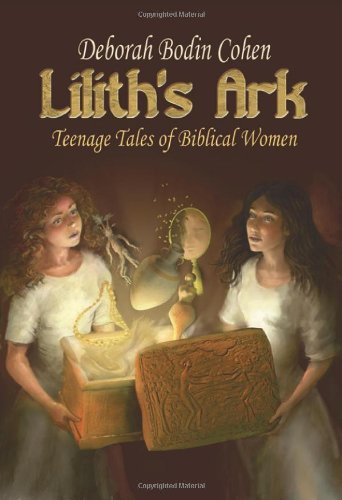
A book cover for Lilith's Ark: Teenage Tales of Biblical Women; Rabbi Deborah Bodin Cohen; Teen & Young Adult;